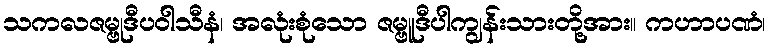
သကလဇမ္ဗုဒီပဝါသီနံ၊ အလုံးစုံသော ဇမ္ဗူဒီပါကျွန်းသားတို့အား။ ကဟာပဏံ၊